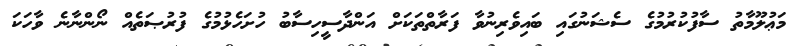
މަޢުލޫމާތު ސާފުކުރުމުގެ ސެޝަނުގައި ބައިވެރިނުވާ ފަރާތްތަކަށް އަންދާސީހިސާބު ހުށަހެޅުމުގެ ފުރުޞަތެއް ނޯންނާނެ ވާހަކަ